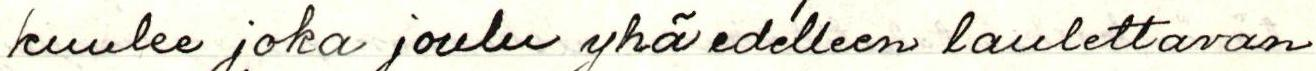
kuulee joka joulu yhä edelleen laulettavan